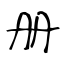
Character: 册